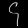
Digit: ၄